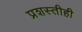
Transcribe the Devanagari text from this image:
प्रशस्तीही